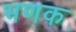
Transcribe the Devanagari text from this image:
भणक